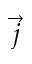
\Vec { j }